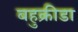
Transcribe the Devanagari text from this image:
बहुक्रीडा